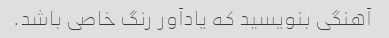
آهنگی بنویسید که یادآور رنگ خاصی باشد.